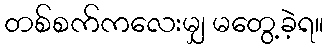
တစ်စက်ကလေးမျှ မတွေ့ခဲ့ရ။